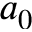
a _ { 0 }